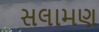
સલામણ